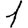
Digit: 1